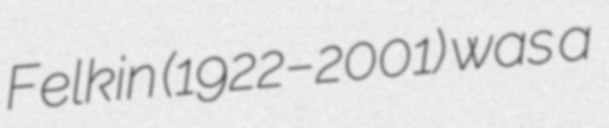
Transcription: Felkin (1922–2001) was a